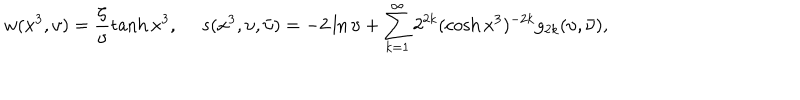
LaTeX: w ( x ^ { 3 } , \upsilon ) = \frac { \zeta } { \upsilon } \tanh x ^ { 3 } , ~ ~ s ( x ^ { 3 } , \upsilon , \bar { \upsilon } ) = - 2 \ln { \upsilon } + \sum _ { k = 1 } ^ { \infty } 2 ^ { 2 k } ( \cosh { x ^ { 3 } } ) ^ { - 2 k } g _ { 2 k } ( \upsilon , \bar { \upsilon } ) ,